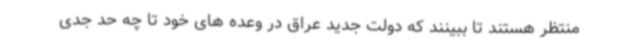
منتظر هستند تا ببینند که دولت جدید عراق در وعده های خود تا چه حد جدی